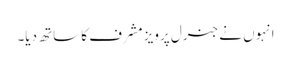
انہوں نے جنرل پرویز مشرف کا ساتھ دیا۔